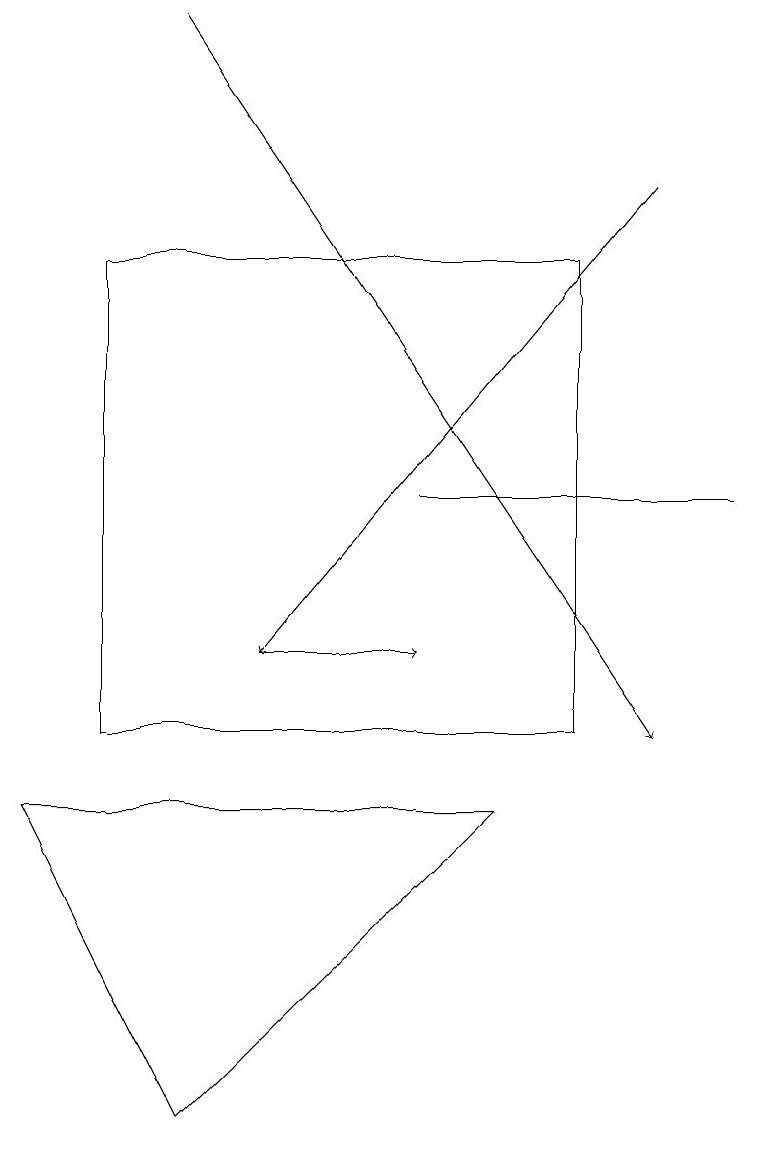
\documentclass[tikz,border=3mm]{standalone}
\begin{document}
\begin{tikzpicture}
\draw (7,10) rectangle (1,16);
\draw (2,5) -- (6,9) -- (0,9) -- cycle;
\draw[->] (3,11) -- (5,11);
\draw[->] (8,17) -- (3,11);
\draw (5,13) rectangle (9,13);
\draw[->] (2,19) -- (8,10);
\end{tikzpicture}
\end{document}